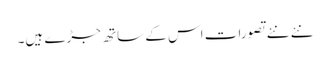
نئے نئے تصورات اس کے ساتھ جڑے ہیں۔